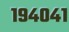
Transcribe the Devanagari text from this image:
१९४०४१